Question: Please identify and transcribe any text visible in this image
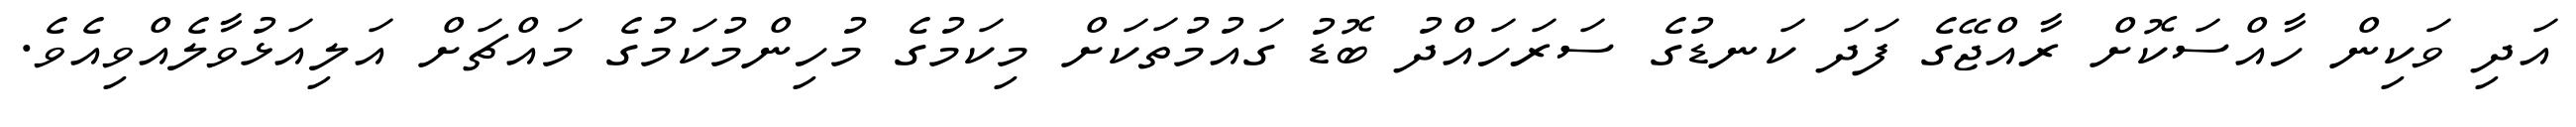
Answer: އަދި ވަކިން ހާއްސަކޮށް ރާއްޖޭގެ ފަދަ ކަނޑުގެ ސަރަހައްދު ބޮޑު ގައުމުތަކަށް މިކަމުގެ މުހިންމުކަމުގެ މައްޗަށް އަލިއަޅުވާލެއްވިއެވެ.